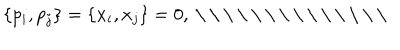
\{ p _ { i } , p _ { j } \} = \{ x _ { i } , x _ { j } \} = 0 , \mathrm { ~ \ \ ~ }